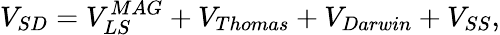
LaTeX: V_{SD}=V_{LS}^{MAG}+V_{Thomas}+V_{Darwin}+V_{SS},